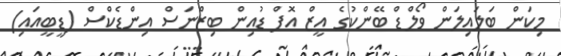
މިކަން ބަލައިލަން ވޯލްޑް ބޭންކުގެ އީޒް އޮފް ޑުއިން ބިޒްނަސް އިންޑެކްސް (ޑީބީއައި)